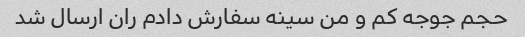
حجم جوجه کم و من سینه سفارش دادم ران ارسال شد